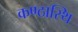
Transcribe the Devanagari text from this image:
कण्ठास्थि